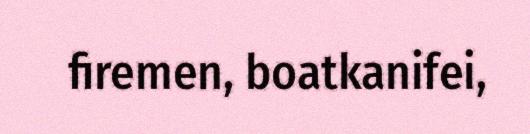
firemen, boatkanifei,